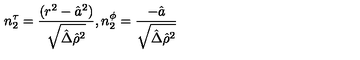
n _ { 2 } ^ { \tau } = { \frac { ( r ^ { 2 } - \hat { a } ^ { 2 } ) } { \sqrt { \hat { \Delta } \hat { \rho } ^ { 2 } } } } , n _ { 2 } ^ { \phi } = { \frac { - \hat { a } } { \sqrt { \hat { \Delta } \hat { \rho } ^ { 2 } } } }